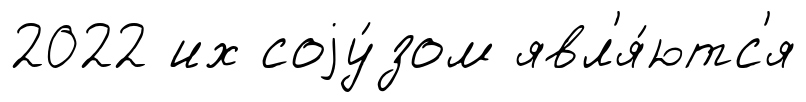
2022 их соjу́зом явл'я́ютс'я